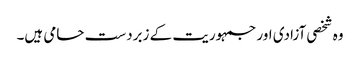
وہ شخصی آزادی اور جمہوریت کے زبردست حامی ہیں۔